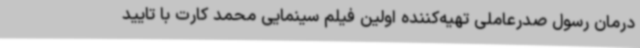
درمان رسول صدرعاملی تهیه‌کننده اولین فیلم سینمایی محمد کارت با تایید